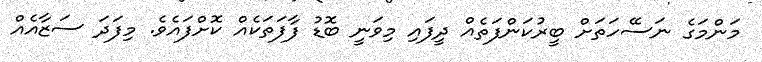
މަންމަގެ ނަސޭހަތަށް ބީރުކަންފަތެއް ދީފައި މިވަނީ ބޮޑު ފާފަތަކެއް ކޮށްފައެވެ. މިފަދަ ސަޒާއެއް